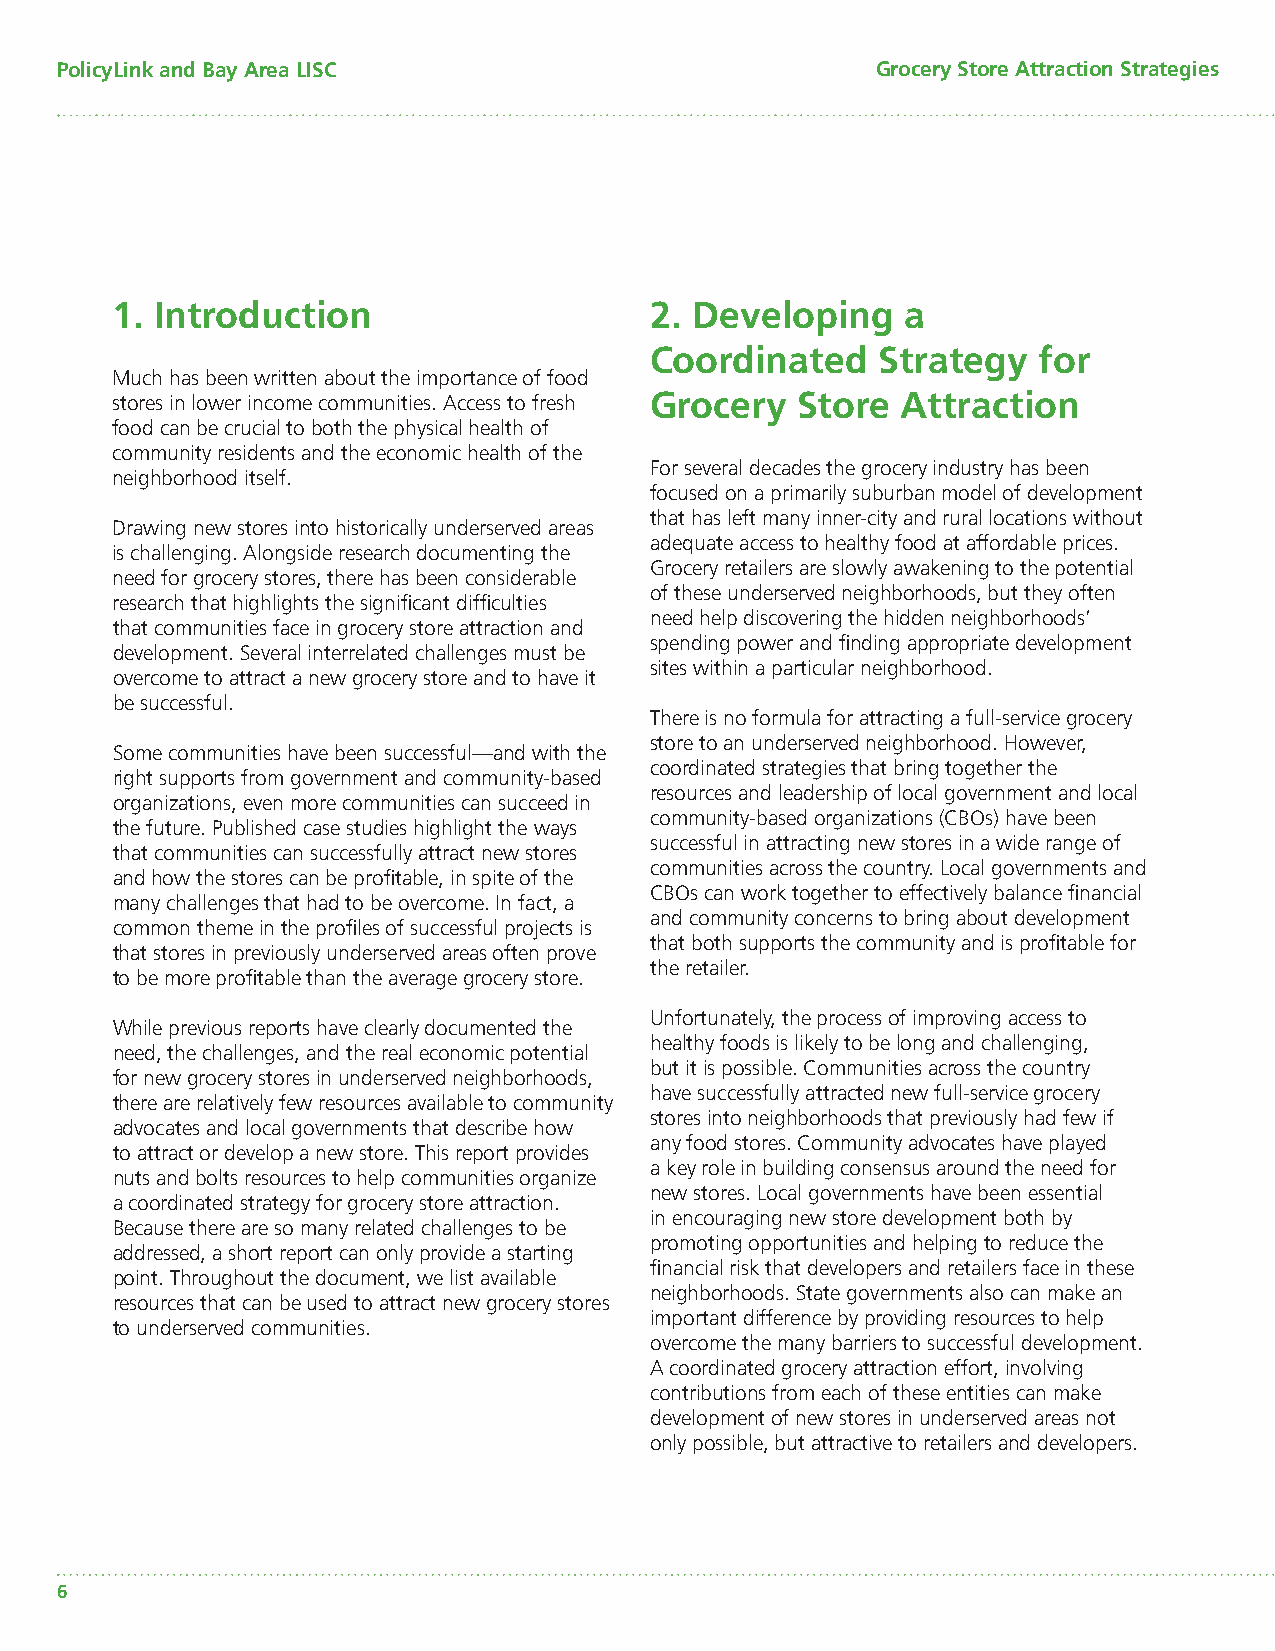
PolicyLink and Bay Area LISC                          Grocery Store Attraction Strategies
 1. Introduction                     2. Developing    a
 Coordinated    Strategy   for
 Much has been written about the importance of food
 stores in lower income communities. Access to fresh Grocery Store Attraction
 food can be crucial to both the physical health of
 community residents and the economic health of the
 For several decades the grocery industry has been
 neighborhood itself.
 focused on a primarily suburban model of development
 that has left many inner-city and rural locations without
 Drawing new stores into historically underserved areas
 adequate access to healthy food at affordable prices.
 is challenging. Alongside research documenting the
 Grocery retailers are slowly awakening to the potential
 need for grocery stores, there has been considerable
 of these underserved neighborhoods, but they often
 research that highlights the signifi cant diffi culties
 need help discovering the hidden neighborhoods’
 that communities face in grocery store attraction and
 spending power and fi nding appropriate development
 development. Several interrelated challenges must be
 sites within a particular neighborhood.
 overcome to attract a new grocery store and to have it
 be successful.
 There is no formula for attracting a full-service grocery
 store to an underserved neighborhood. However,
 Some communities have been successful—and with the
 coordinated strategies that bring together the
 right supports from government and community-based
 resources and leadership of local government and local
 organizations, even more communities can succeed in
 community-based organizations (CBOs) have been
 the future. Published case studies highlight the ways
 successful in attracting new stores in a wide range of
 that communities can successfully attract new stores
 communities across the country. Local governments and
 and how the stores can be profi table, in spite of the
 CBOs can work together to effectively balance fi nancial
 many challenges that had to be overcome. In fact, a
 and community concerns to bring about development
 common theme in the profi les of successful projects is
 that both supports the community and is profi table for
 that stores in previously underserved areas often prove
 the retailer.
 to be more profi table than the average grocery store.
 Unfortunately, the process of improving access to
 While previous reports have clearly documented the
 healthy foods is likely to be long and challenging,
 need, the challenges, and the real economic potential
 but it is possible. Communities across the country
 for new grocery stores in underserved neighborhoods,
 have successfully attracted new full-service grocery
 there are relatively few resources available to community
 stores into neighborhoods that previously had few if
 advocates and local governments that describe how
 any food stores. Community advocates have played
 to attract or develop a new store. This report provides
 a key role in building consensus around the need for
 nuts and bolts resources to help communities organize
 new stores. Local governments have been essential
 a coordinated strategy for grocery store attraction.
 in encouraging new store development both by
 Because there are so many related challenges to be
 promoting opportunities and helping to reduce the
 addressed, a short report can only provide a starting
 fi nancial risk that developers and retailers face in these
 point. Throughout the document, we list available
 neighborhoods. State governments also can make an
 resources that can be used to attract new grocery stores
 important difference by providing resources to help
 to underserved communities.
 overcome the many barriers to successful development.
 A coordinated grocery attraction effort, involving
 contributions from each of these entities can make
 development of new stores in underserved areas not
 only possible, but attractive to retailers and developers.
 6